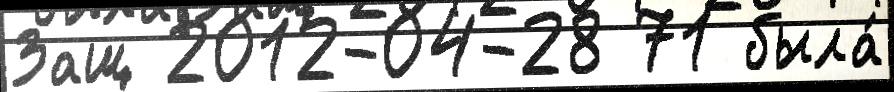
Защ 2012-04-28 71 была́